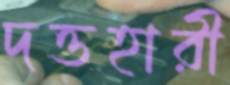
দত্তহারী